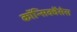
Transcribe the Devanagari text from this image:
कॉन्सिक्वेंसेस